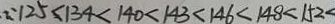
\because 1 2 5 < 1 3 4 < 1 4 0 < 1 4 3 < 1 4 6 < 1 4 8 < 1 5 2 <